Some observations on the poison of the banded krait (Bungarus fasciatus) - Number 7
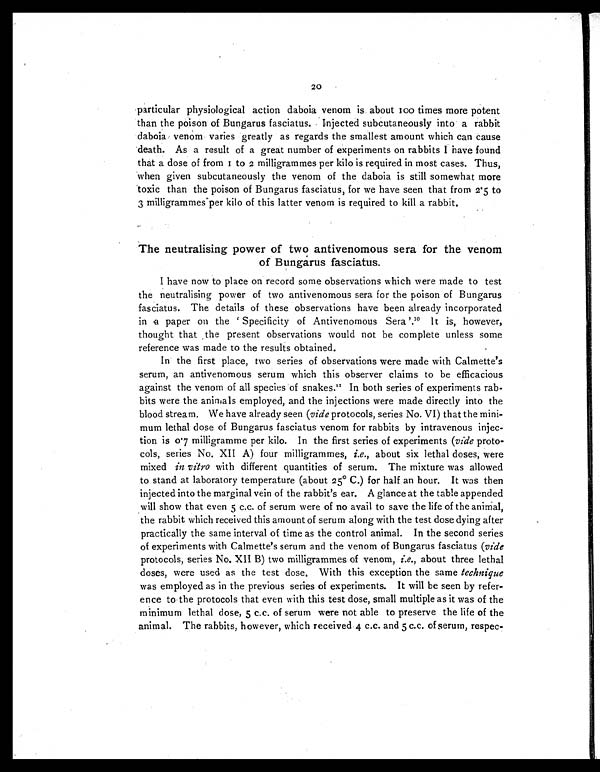
20
particular physiological action daboia venom is about 100 times more potent
than the poison of Bungarus fasciatus. Injected subcutaneously into a rabbit
daboia venom varies greatly as regards the smallest amount which can cause
death. As a result of a great number of experiments on rabbits I have found
t hat a dose of from 1 t o 2 mi l l i grammes per ki l o i s requi red i n most cases. Thus,
when given subcutaneously the venom of the daboia is still somewhat more
toxic than the poison of Bungarus fasciatus, for we have seen that from 2.5 to
3 milligrammes per kilo of this latter venom is required to kill a rabbit.
The neutralising power of two antivenomous sera for the venom
of Bungarus fasciatus.
I have now to place on record some observations which were made to test
the neutralising power of two antivenomous sera for the poison of Bungarus
fasciatus. The details of these observations have been already incorporated
in a paper on the ' Specificity of Antivenomous Sera '. 10 It is, however,
thought that the present observations would not be complete unless some
reference was made to the results obtained.
In the first place, two series of observations were made with Calmette's
serum, an antivenomous serum which this observer claims to be efficacious
against the venom of all species of snakes. 11 In both series of experiments rab-
-bits were the animals employed, and the injections were made directly into the
blood stream. We have already seen (vide protocols, series No. VI) that the mini-
-mum lethal dose of Bungarus fasciatus venom for rabbits by intravenous injec--
tion is 0.7 milligramme per kilo. In the first series of experiments ( vide proto-
-cols, series No. XII A) four milligrammes, i.e., about six lethal doses, were
mixed in vitro with different quantities of serum. The mixture was allowed
to stand at laboratory temperature (about 25° C.) for half an hour. It was then
injected into the marginal vein of the rabbit's ear. A glance at the table appended
will show that even 5 c.c. of serum were of no avail to save the life of the animal,
the rabbit which received this amount of serum along with the test dose dying after
practically the same interval of time as the control animal. In the second series
of experiments with Calmette's serum and the venom of Bungarus fasciatus ( vide
protocols, series No. XII B) two milligrammes of venom, i.e., about three lethal
doses, were used as the test dose. With this exception the same technique
was employed as in the previous series of experiments. It will be seen by refer--
ence to the protocols that even with this test dose, small multiple as it was of the
minimum lethal dose, 5 c.c. of serum were not able to preserve the life of the
animal. The rabbits, however, which received 4 c.c. and 5 c.c. of serum, respec-